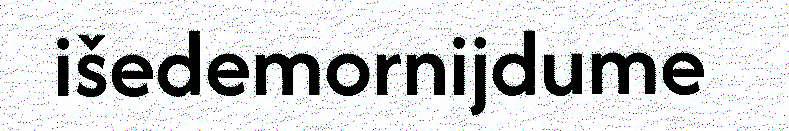
išedemornijdume